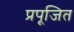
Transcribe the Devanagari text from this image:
प्रपूजित